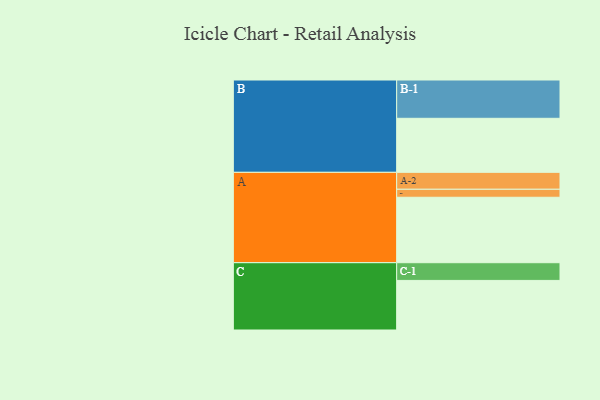
{"axis": {"x": "Segment", "y": "Value"}, "legend": ["", "A", "B", "C"], "data": [{"x": "A", "y": 499, "type": ""}, {"x": "B", "y": 412, "type": ""}, {"x": "C", "y": 378, "type": ""}, {"x": "A-1", "y": 61, "type": "A"}, {"x": "A-2", "y": 129, "type": "A"}, {"x": "B-1", "y": 292, "type": "B"}, {"x": "C-1", "y": 135, "type": "C"}]}